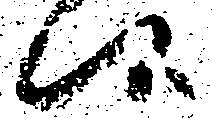
候